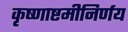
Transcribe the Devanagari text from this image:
कृष्णाष्टमीनिर्णय